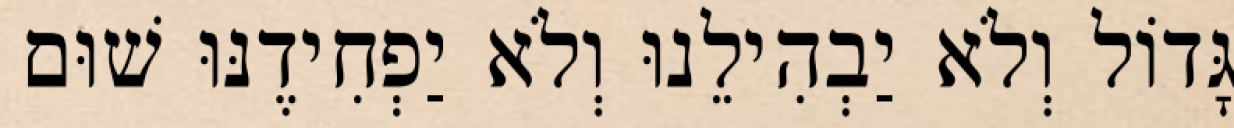
גָּדוֹל וְלֹא יַבְהִילֵנוּ וְלֹא יַפְחִידֶנּוּ שׁוּם